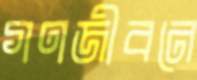
গণজীবনে